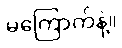
မကြောက်နဲ့။